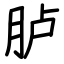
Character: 胪